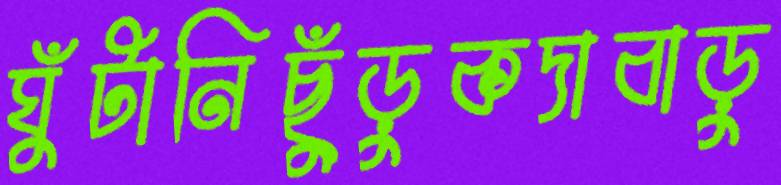
ঘুঁটানিছুঁড়ুকদাবাড়ু